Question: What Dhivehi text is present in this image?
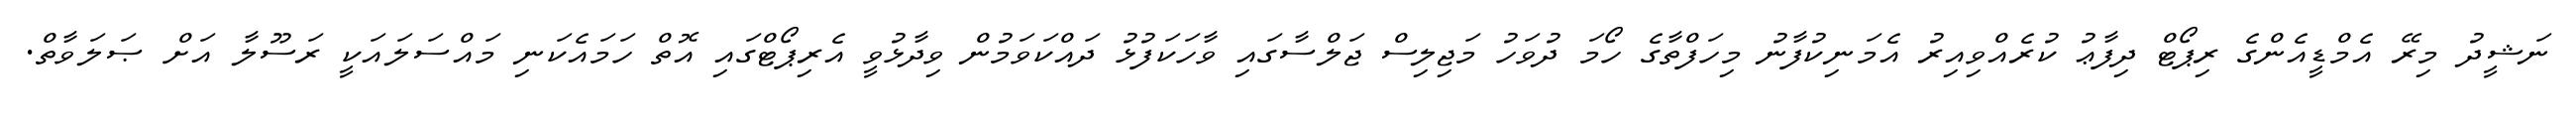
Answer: ނަޝީދު މިރޭ އެމްޑީއެންގެ ރިޕޯޓް ދިފާޢު ކުރެއްވިއިރު އެމަނިކުފާނު މިހަފްތާގެ ހޯމަ ދުވަހު މަޖިލިސް ޖަލްސާގައި ވާހަކަފުޅު ދައްކަވަމުން ވިދާޅުވީ އެރިޕޯޓްގައި އޮތް ހަމައެކަނި މައްސަލައަކީ ރަސޫލާ އަށް ޞަލަވާތް.